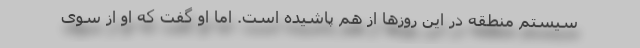
سیستم منطقه در این روزها از هم پاشیده است. اما او گفت که او از سوی